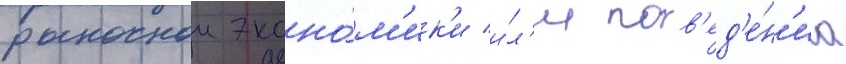
рыночнои эконо́м'ик'и и́л'и пов'ед'е́н'иа